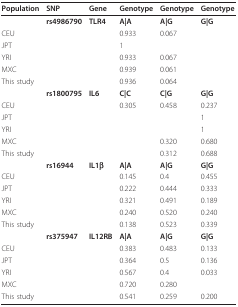
<table><thead><tr><td><b>Population</b></td><td><b>SNP</b></td><td><b>Gene</b></td><td><b>Genotype</b></td><td><b>Genotype</b></td><td><b>Genotype</b></td></tr></thead><tbody><tr><td></td><td><b>rs4986790</b></td><td><b>TLR4</b></td><td><b>A|A</b></td><td><b>A|G</b></td><td><b>G|G</b></td></tr><tr><td>CEU</td><td></td><td></td><td>0.933</td><td>0.067</td><td></td></tr><tr><td>JPT</td><td></td><td></td><td>1</td><td></td><td></td></tr><tr><td>YRI</td><td></td><td></td><td>0.933</td><td>0.067</td><td></td></tr><tr><td>MXC</td><td></td><td></td><td>0.939</td><td>0.061</td><td></td></tr><tr><td>This study</td><td></td><td></td><td>0.936</td><td>0.064</td><td></td></tr><tr><td></td><td><b>rs1800795</b></td><td><b>IL6</b></td><td><b>C|C</b></td><td><b>C|G</b></td><td><b>G|G</b></td></tr><tr><td>CEU</td><td></td><td></td><td>0.305</td><td>0.458</td><td>0.237</td></tr><tr><td>JPT</td><td></td><td></td><td></td><td></td><td>1</td></tr><tr><td>YRI</td><td></td><td></td><td></td><td></td><td>1</td></tr><tr><td>MXC</td><td></td><td></td><td></td><td>0.320</td><td>0.680</td></tr><tr><td>This study</td><td></td><td></td><td></td><td>0.312</td><td>0.688</td></tr><tr><td></td><td><b>rs16944</b></td><td><b>IL1β</b></td><td><b>A|A</b></td><td><b>A|G</b></td><td><b>G|G</b></td></tr><tr><td>CEU</td><td></td><td></td><td>0.145</td><td>0.4</td><td>0.455</td></tr><tr><td>JPT</td><td></td><td></td><td>0.222</td><td>0.444</td><td>0.333</td></tr><tr><td>YRI</td><td></td><td></td><td>0.321</td><td>0.491</td><td>0.189</td></tr><tr><td>MXC</td><td></td><td></td><td>0.240</td><td>0.520</td><td>0.240</td></tr><tr><td>This study</td><td></td><td></td><td>0.138</td><td>0.523</td><td>0.339</td></tr><tr><td></td><td><b>rs375947</b></td><td><b>IL12RB</b></td><td><b>A|A</b></td><td><b>A|G</b></td><td><b>G|G</b></td></tr><tr><td>CEU</td><td></td><td></td><td>0.383</td><td>0.483</td><td>0.133</td></tr><tr><td>JPT</td><td></td><td></td><td>0.364</td><td>0.5</td><td>0.136</td></tr><tr><td>YRI</td><td></td><td></td><td>0.567</td><td>0.4</td><td>0.033</td></tr><tr><td>MXC</td><td></td><td></td><td>0.720</td><td>0.280</td><td></td></tr><tr><td>This study</td><td></td><td></td><td>0.541</td><td>0.259</td><td>0.200</td></tr></tbody></table>